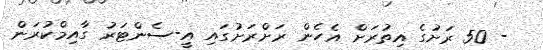
- 50 ރަށުގެ އިތުރަށް އެހެން ރަށްރަށުގައި އީ-ސެންޓަރު ގާއިމްކުރަން